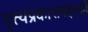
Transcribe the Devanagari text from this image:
नृत्यप्रकाराबद्दलही